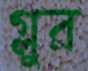
গ্লুর